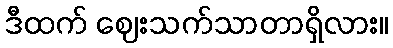
ဒီထက် ဈေးသက်သာတာရှိလား။